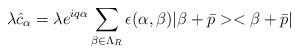
LaTeX: \begin{align*}\lambda\hat{c}_{\alpha} = \lambda e^{iq\alpha}\sum_{\beta\in\Lambda_{R}} \epsilon (\alpha, \beta ) |\beta + \bar{p}><\beta + \bar{p}|\end{align*}